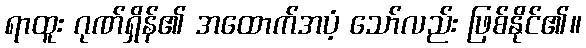
ရာထူး ဂုဏ်ရှိန်၏ အထောက်အပံ့ သော်လည်း ဖြစ်နိုင်၏။